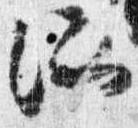
所